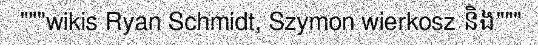
"""wikis Ryan Schmidt, Szymon wierkosz និង"""